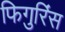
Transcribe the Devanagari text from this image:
फिगुरिंस